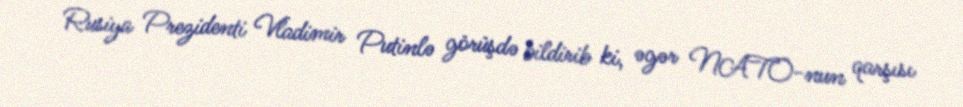
Rusiya Prezidenti Vladimir Putinlə görüşdə bildirib ki, əgər NATO-nun qarşısı